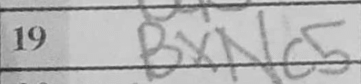
Transcription: BxNc5